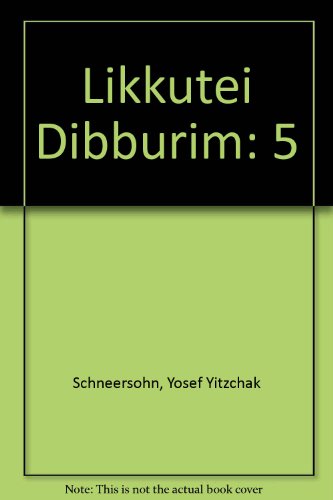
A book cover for Likkutei Dibburim; Yosef Yitzchak Schneersohn; Religion & Spirituality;